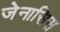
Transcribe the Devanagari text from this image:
जेनासिस